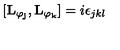
\lbrack \mathbf { L _ { \varphi _ { j } } } , \mathbf { L _ { \varphi _ { k } } } ] = i \epsilon _ { j k l }